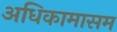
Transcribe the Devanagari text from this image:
अधिकामासम